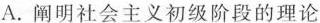
A.阐明社会主义初级阶段的理论